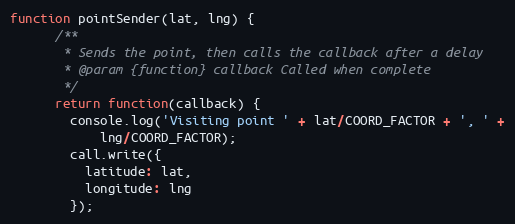
Language: JavaScript
function pointSender(lat, lng) {
      /**
       * Sends the point, then calls the callback after a delay
       * @param {function} callback Called when complete
       */
      return function(callback) {
        console.log('Visiting point ' + lat/COORD_FACTOR + ', ' +
            lng/COORD_FACTOR);
        call.write({
          latitude: lat,
          longitude: lng
        });